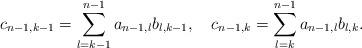
LaTeX: \begin{align*}c_{n-1,k-1} = \sum_{l=k-1}^{n-1} a_{n-1,l} b_{l,k-1}, ~~~c_{n-1,k} = \sum_{l=k}^{n-1} a_{n-1,l} b_{l,k}. \end{align*}